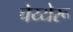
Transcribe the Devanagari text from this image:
चेय्येरू